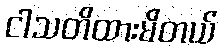
ငါသတိထားမိတယ်